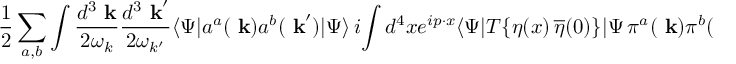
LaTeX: { \frac { 1 } { 2 } } \sum _ { a , b } \int { \frac { d ^ { 3 } \mathrm { \bf ~ k } } { 2 \omega _ { k } } } { \frac { d ^ { 3 } \mathrm { \bf ~ k } ^ { \prime } } { 2 \omega _ { k ^ { \prime } } } } \langle \Psi | a ^ { a } ( \mathrm { \bf ~ k } ) a ^ { b } ( \mathrm { \bf ~ k } ^ { \prime } ) | \Psi \rangle \, i \! \int d ^ { 4 } x e ^ { i p \cdot x } \langle \Psi | T \{ \eta ( x ) \, \overline { { { \eta } } } ( 0 ) \} | \Psi \, \pi ^ { a } ( \mathrm { \bf ~ k } ) \pi ^ { b } ( \mathrm { \bf ~ k } ^ { \prime } ) \rangle ,